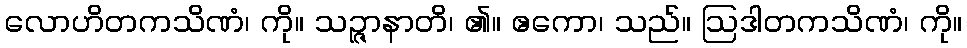
လောဟိတကသိဏံ၊ ကို။ သဉ္ဇာနာတိ၊ ၏။ ဧကော၊ သည်။ ဩဒါတကသိဏံ၊ ကို။